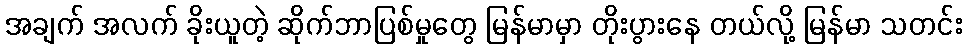
အချက် အလက် ခိုးယူတဲ့ ဆိုက်ဘာပြစ်မှုတွေ မြန်မာမှာ တိုးပွားနေ တယ်လို့ မြန်မာ သတင်း